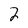
Character: 2